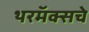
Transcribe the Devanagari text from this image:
थरमॅक्सचे